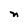
Character: n